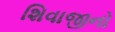
શિવાજીનો